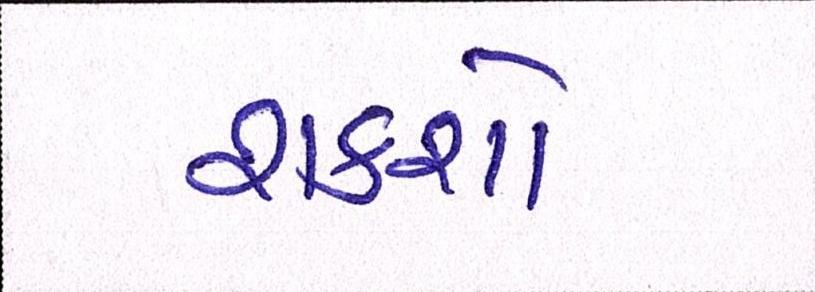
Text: શકશો